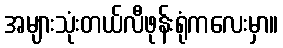
အများသုံးတယ်လီဖုန်းရုံကလေးမှာ။